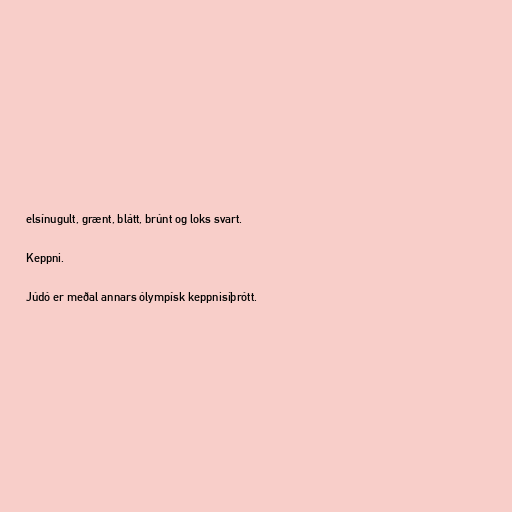
elsínugult, grænt, blátt, brúnt og loks svart.

Keppni.

Júdó er meðal annars ólympísk keppnisíþrótt.